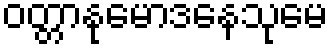
ဝတ္တာနုမောဒနေသုမေ